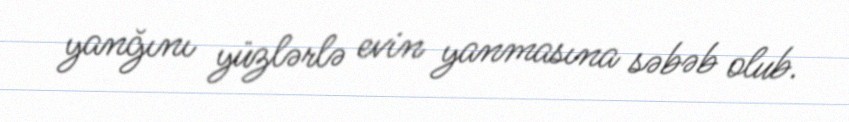
yanğını yüzlərlə evin yanmasına səbəb olub.